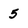
Character: 5